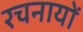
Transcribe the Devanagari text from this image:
रचनायों